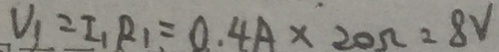
V _ { 1 } = I _ { 1 } R _ { 1 } = 0 . 4 A \times 2 0 \Omega = 8 V